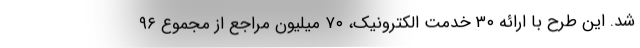
شد. این طرح با ارائه ۳۰ خدمت الکترونیک، ۷۰ میلیون مراجع از مجموع ۹۶